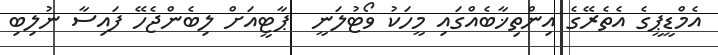
އެމްޑީޕީގެ އެތެރޭގެ އިންތިޚާބެއްގައި މީހަކު ވޯޓުލަނީ  ޕާޓީއަށް ލިބެންޖެހޭ ފައިސާ ނުލިބި